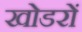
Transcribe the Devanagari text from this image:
खोडरों